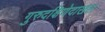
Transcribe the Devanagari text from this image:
गुरुदक्षिणेदाखल